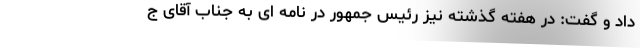
داد و گفت: در هفته گذشته نیز رئیس جمهور در نامه ای به جناب آقای ج